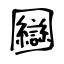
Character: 圝